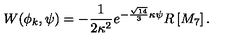
{ W ( \phi _ { k } , \psi ) = - \frac { 1 } { 2 \kappa ^ { 2 } } e ^ { - \frac { \sqrt { 1 4 } } { 3 } \kappa \psi } R \left[ M _ { 7 } \right] . }